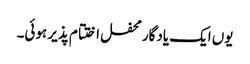
یوں ایک یادگار محفل اختتام پذیر ہوئی۔